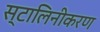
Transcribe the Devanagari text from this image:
स्टालिनीकरण